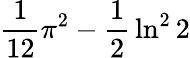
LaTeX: {\frac{1}{12}}\pi^{2}-{\frac{1}{2}}\ln^{2}2